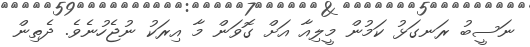
ނަސީބު ރަނގަޅު ކަމުން މީލިއާ އަށް ގޮވަން މާ އިރަކު ނުޖެހުނެވެ. ދެތިން